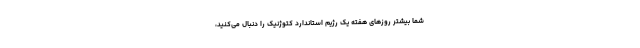
شما بیشتر روزهای هفته یک رژیم استاندارد کتوژنیک را دنبال می‌کنید،